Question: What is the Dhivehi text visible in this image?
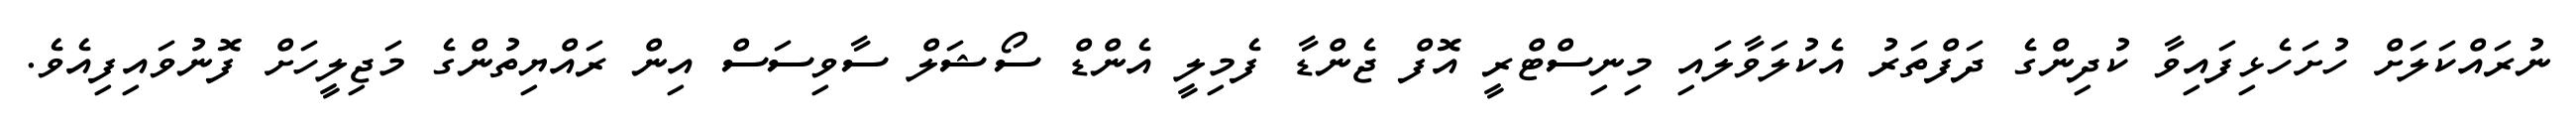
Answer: ނުރައްކަލަށް ހުށަހެޅިފައިވާ ކުދިންގެ ދަފްތަރު އެކުލަވާލައި މިނިސްޓްރީ އޮފް ޖެންޑާ ފެމިލީ އެންޑް ސޯޝަލް ސާވިސަސް އިން ރައްޔިތުންގެ މަޖިލީހަށް ފޮނުވައިފިއެވެ.